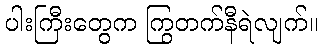
ပါးကြီးတွေက ကြွတက်နီရဲလျက်။